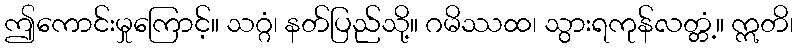
ဤကောင်းမှုကြောင့်။ သဂ္ဂံ၊ နတ်ပြည်သို့။ ဂမိဿထ၊ သွားရကုန်လတ္တံ့။ ဣတိ၊